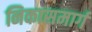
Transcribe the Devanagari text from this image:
निकासमार्ग